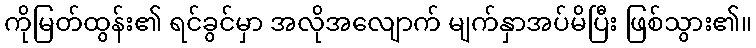
ကိုမြတ်ထွန်း၏ ရင်ခွင်မှာ အလိုအလျောက် မျက်နှာအပ်မိပြီး ဖြစ်သွား၏။